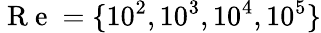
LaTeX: \mathrm{~R~e~}=\{ 10^{2},10^{3},10^{4},10^{5}\}